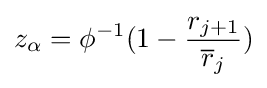
z_{\alpha }=\phi ^{-1}(1-{\frac {r_{j+1}}{{\overline {r}}_{j}}})